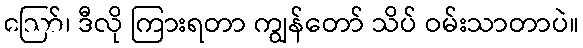
ဪ၊ ဒီလို ကြားရတာ ကျွန်တော် သိပ် ဝမ်းသာတာပဲ။